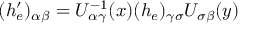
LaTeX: ( h _ { e } ^ { \prime } ) _ { \alpha \beta } = U _ { \alpha \gamma } ^ { - 1 } ( x ) ( h _ { e } ) _ { \gamma \sigma } U _ { \sigma \beta } ( y )